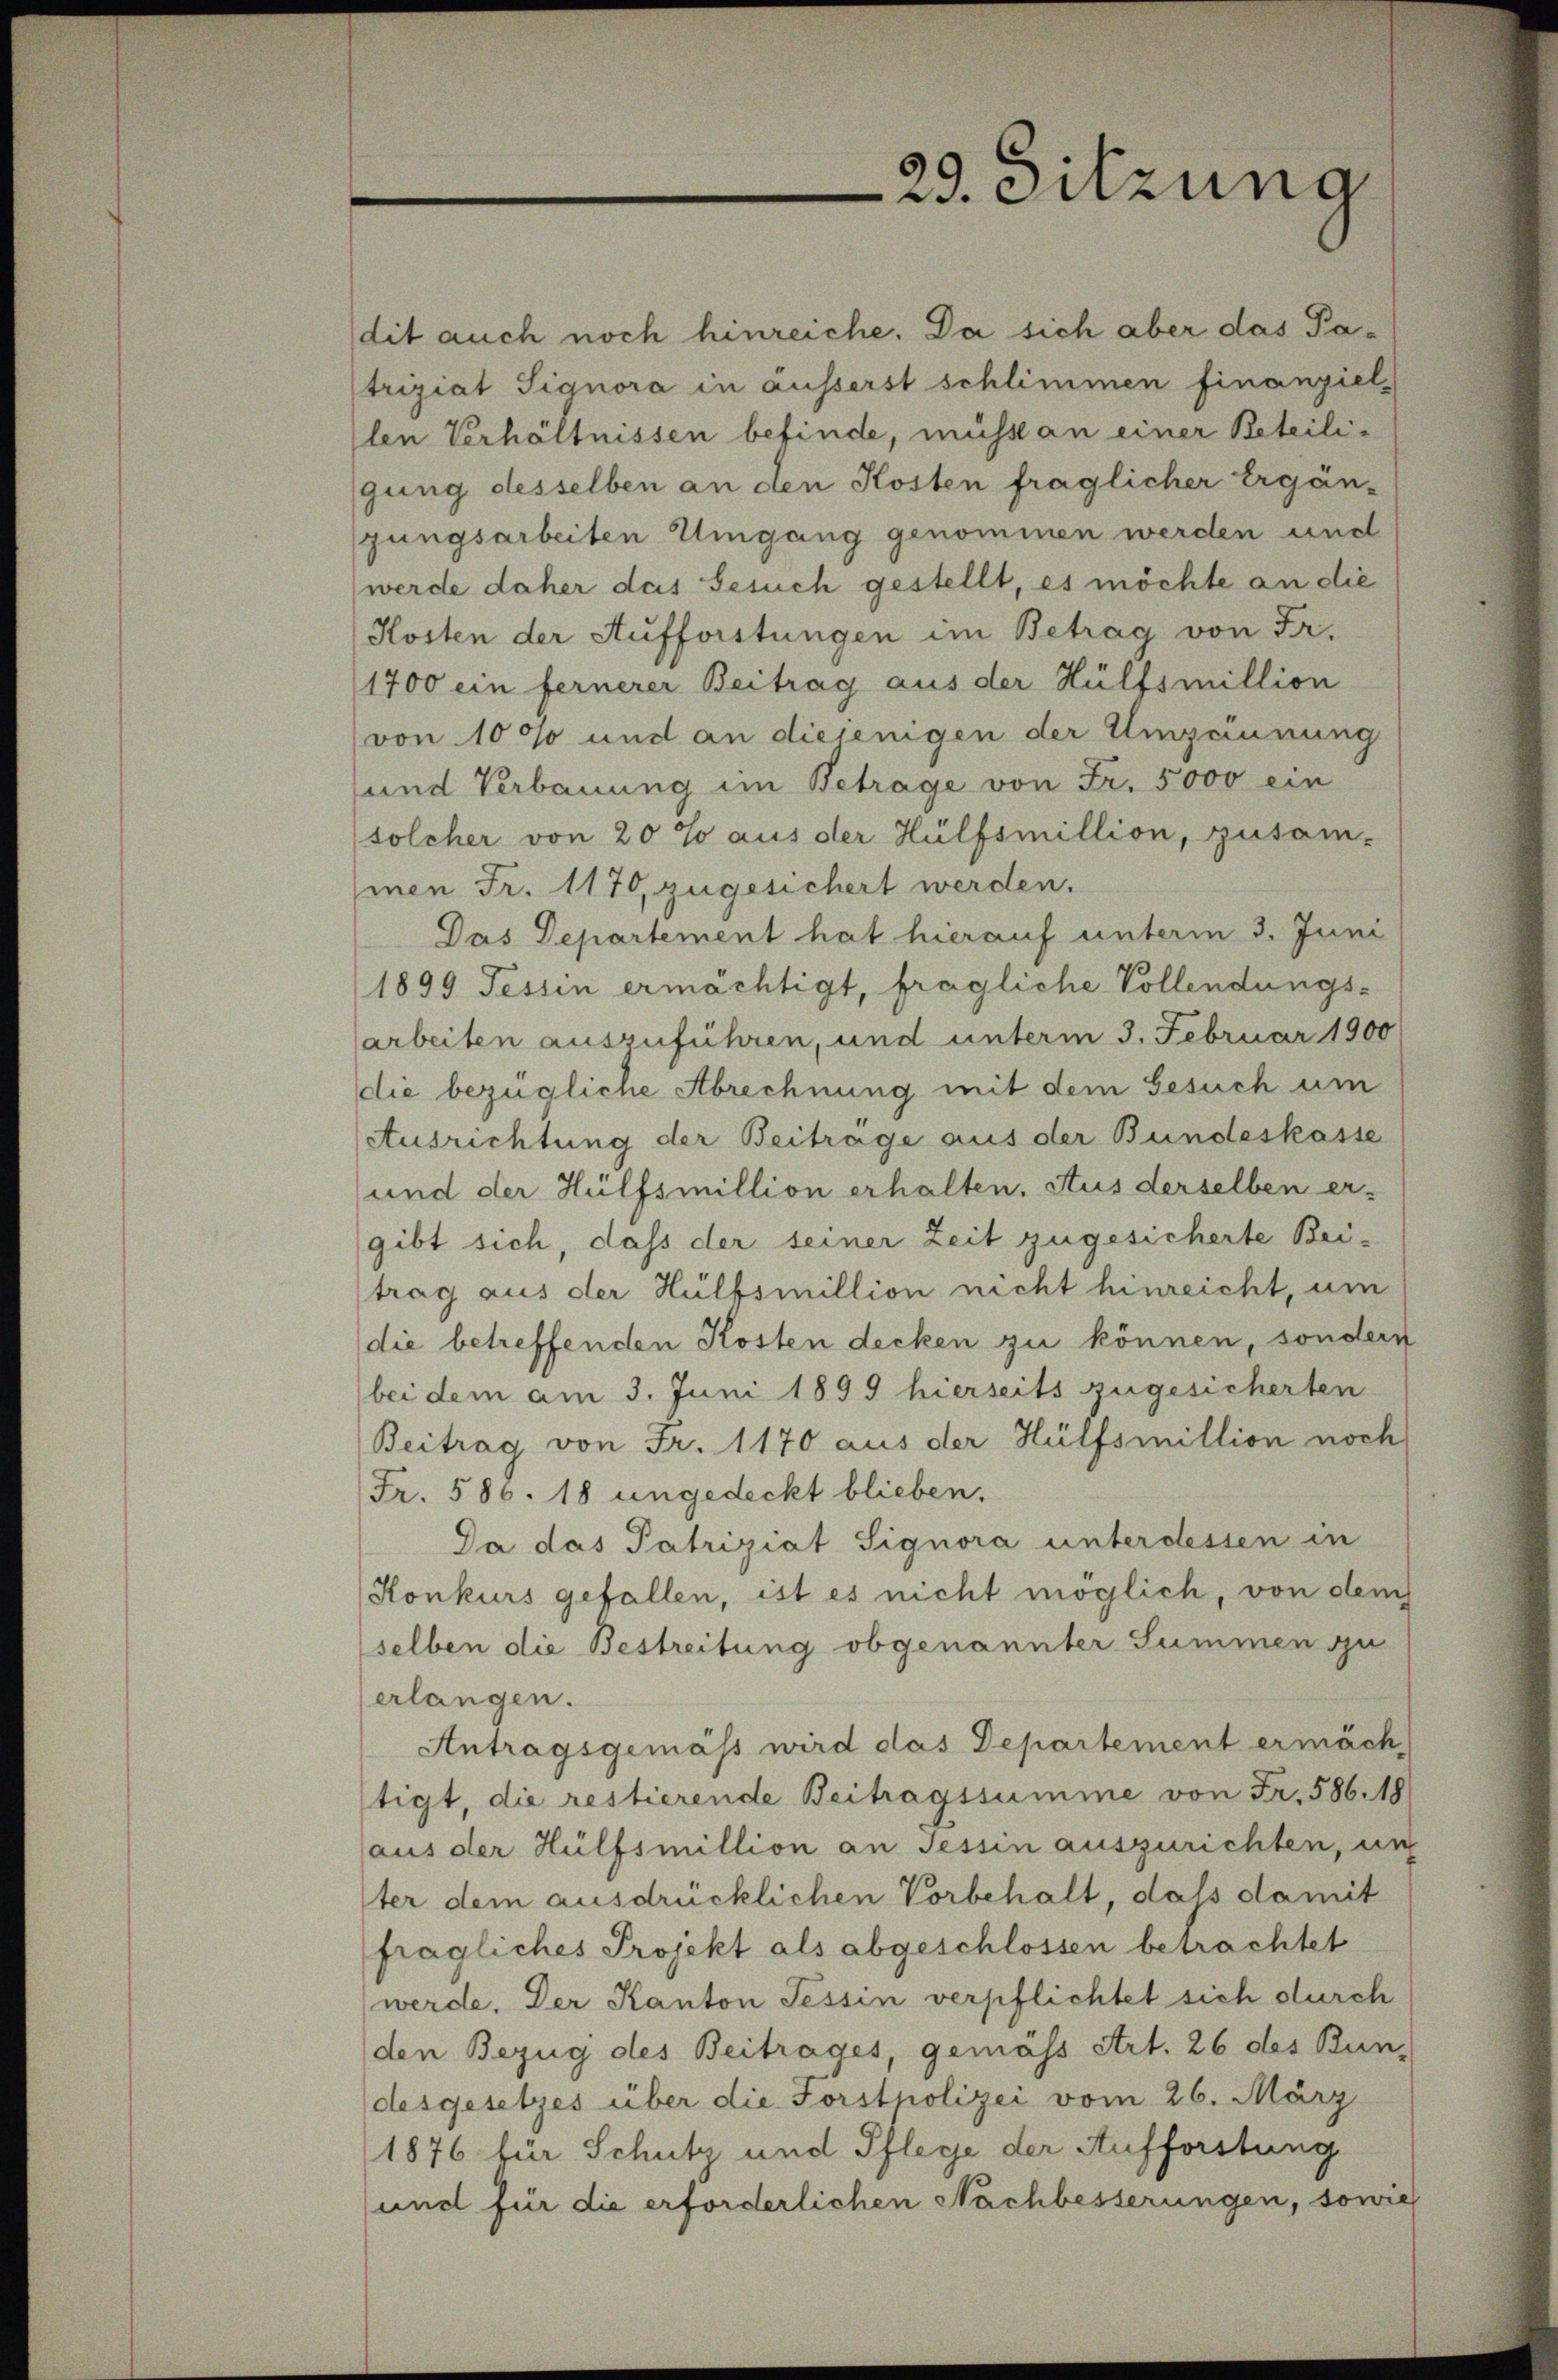
dit auch noch hinreiche. Da sich aber das Patriziat Signora in äusserst schlimmen finanziel
len Verhältnissen befinde, müsst an einer Beteiligung desselben an den Kosten fraglicher Ergän-
zungsarbeiten Umgang genommen werden und
werde daher das Gesuch gestellt, es möchte an die
Kosten der Aufforstungen im Betrag von Fr.
1700 ein fernerer Beitrag aus der Hülfsmillion
von 100 und an diejenigen der Umzäunung
und Verbauung im Betrage von Fr. 5000 ein
solcher von 20 % aus der Hülfsmillion, zusam-
men Fr. 1170, zugesichert werden.
Das Departement hat hierauf unterm 3. Juni
1899 Tessin ermächtigt, fragliche Vollendungs-
arbeiten auszuführen, und unterm 3. Februar 1900
die bezügliche Abrechnung mit dem Gesuch um
Ausrichtung der Beitrage aus der Bundeskasse
und der Hülfsmillion erhalten. Aus derselben er-
gibt sich, daß der seiner Zeit zugesicherte Bei-
trag aus der Hülfsmillion nicht hinreicht, um
die betreffenden Kosten decken zu können, sondern
bei dem am 3. Juni 1899 hierseits zugesicherten
Beitrag von Fr. 1170 aus der Hülfsmillion noch
Fr. 586. 18 ungedeckt blieben.
Da das Patriziat Signora unterdessen in
Konkurs gefallen, ist es nicht möglich, von dem
selben die Bestreitung obgenannter Summen zu
erlangen.
Antragsgemäss wird das Departement ermäch
tigt, die restierende Beitragssumme von Fr. 586. 18
aus der Hülfsmillion an Tessin auszurichten, un
ter dem ausdrücklichen Vorbehalt, dass damit
fragliches Projekt als abgeschlossen betrachtet
werde. Der Kanton Tessin verpflichtet sich durch
den Bezug des Beitrages, gemäss Art. 26 des Bun-
desgesetzes über die Forstpolizei vom 26. März
1876 für Schutz und Pflege der Aufforstung
und für die erforderlichen Nachbesserungen, sowie

29. Sitzung